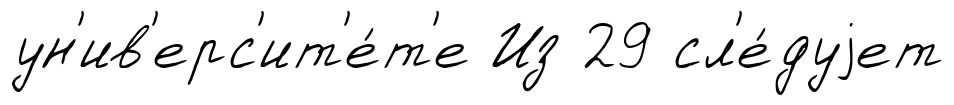
ун'ив'ерс'ит'е́т'е Из 29 сл'е́дуjет